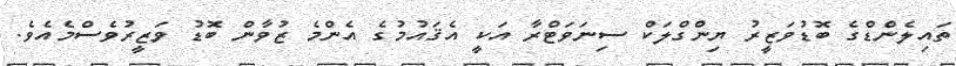
ތައިލެންޑްގެ ބޮޑުވަޒީރު ޔިންގްލަކް ސިނަވަޓްރާ އަކީ އެޤައުމުގެ އެންމެ ޒުވާން ބޮޑު ވަޒީރުވެސްމެއެވެ.